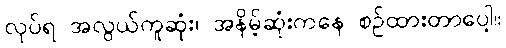
လုပ်ရ အလွယ်ကူဆုံး၊ အနိမ့်ဆုံးကနေ စဉ်ထားတာပေါ့။